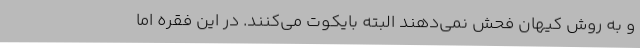
و به روش کیهان فحش نمی‌دهند البته بایکوت می‌کنند. در این فقره اما